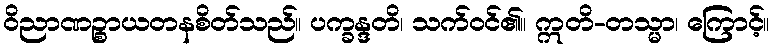
ဝိညာဏဉ္စာယတနစိတ်သည်။ ပက္ခန္ဒတိ၊ သက်ဝင်၏။ ဣတိ-တသ္မာ၊ ကြောင့်။